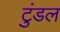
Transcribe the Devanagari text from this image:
टुंडल